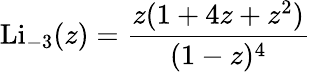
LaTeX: \operatorname{Li}_{-3}(z)={\frac{z(1+4z+z^{2})}{(1-z)^{4}}}